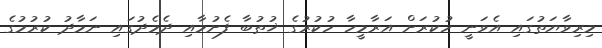
މިރިވާޔަތުގައި އެވަނީ ހުކުރަށް އަރާމީހާ ހުކުރުގެ ޚުޠުބާ ފެށުމާއި ދެމެދުގައި ނަމާދު ކުރުމުގެ